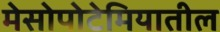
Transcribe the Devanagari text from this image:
मेसोपोटेमियातील